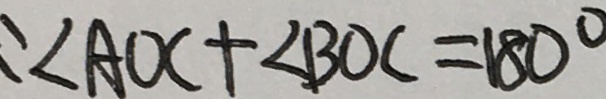
: \angle A O C + \angle B O C = 1 8 0 ^ { \circ }